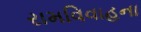
રામવિવાહના